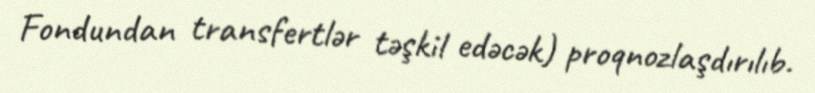
Fondundan transfertlər təşkil edəcək) proqnozlaşdırılıb.